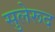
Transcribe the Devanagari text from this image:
सुलेरूद